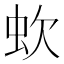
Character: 㰩